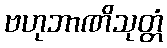
ဗဟုဘာဏိသုတ္တံ